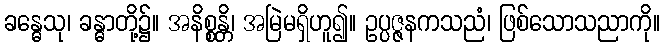
ခန္ဓေသု၊ ခန္ဓာတို့၌။ အနိစ္စန္တိ၊ အမြဲမရှိဟူ၍။ ဥပ္ပဇ္ဇနကသညံ၊ ဖြစ်သောသညာကို။